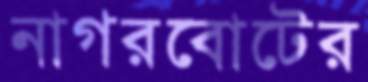
নাগরবোটের